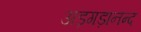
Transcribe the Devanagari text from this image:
अड़गड़ानन्द